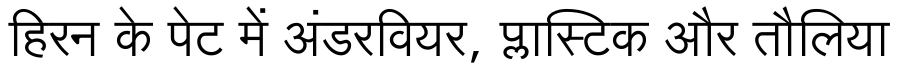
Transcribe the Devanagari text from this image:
हिरन के पेट में अंडरवियर, प्लास्टिक और तौलिया